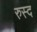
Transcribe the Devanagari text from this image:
रुस्द